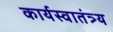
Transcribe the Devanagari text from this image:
कार्यस्वातंत्र्य